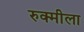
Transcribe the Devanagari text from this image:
रुक्मीला